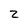
Character: 2